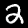
Label: 2